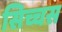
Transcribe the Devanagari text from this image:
सिच्चस